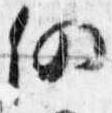
仍